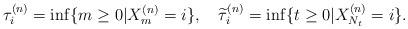
LaTeX: \begin{align*} \tau^{(n)}_i=\inf\{m\ge 0|X_m^{(n)}=i\},\quad\widetilde{\tau}^{(n)}_i=\inf\{t\ge 0|X_{N_t}^{(n)}=i\}.\end{align*}